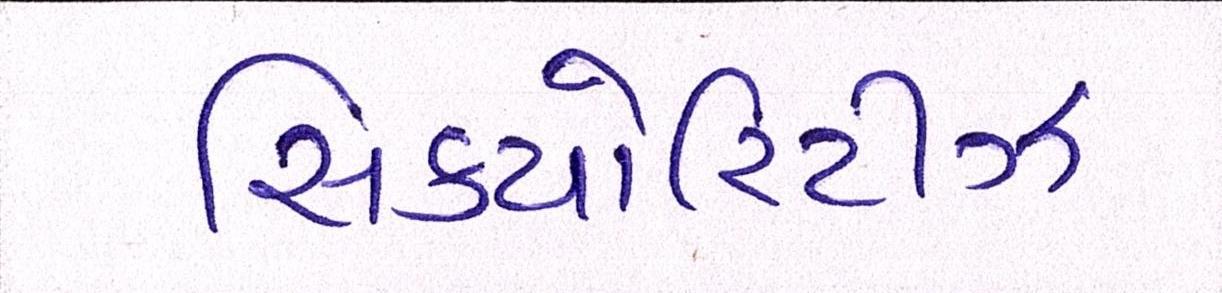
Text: સિક્યોરિટીઝ